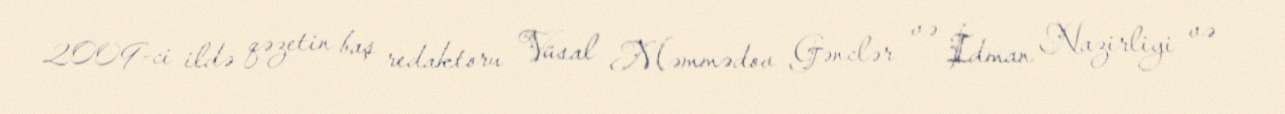
2009-ci ildə qəzetin baş redaktoru Vüsal Məmmədov Gənclər və İdman Nazirliyi və